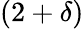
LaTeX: (2+\delta)